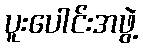
ပူးပေါင်းအဖွဲ့